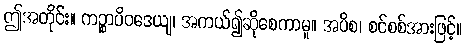
ဤအတိုင်း။ ကဉ္စာပိဝဒေယျ၊ အကယ်၍ဆိုစေကာမူ။ အပိစ၊ စင်စစ်အားဖြင့်။